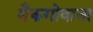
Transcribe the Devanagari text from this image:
मैकगोवाना